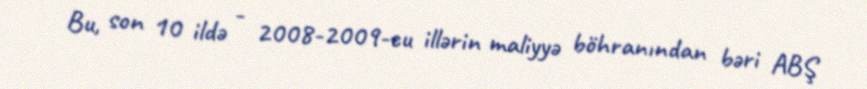
Bu, son 10 ildə - 2008-2009-cu illərin maliyyə böhranından bəri ABŞ